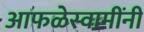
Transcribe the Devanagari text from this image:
आफळेस्वामींनी